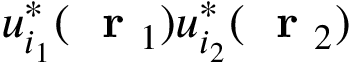
u _ { i _ { 1 } } ^ { * } ( \mathrm { ~ \bf ~ r ~ } _ { 1 } ) u _ { i _ { 2 } } ^ { * } ( \mathrm { ~ \bf ~ r ~ } _ { 2 } )